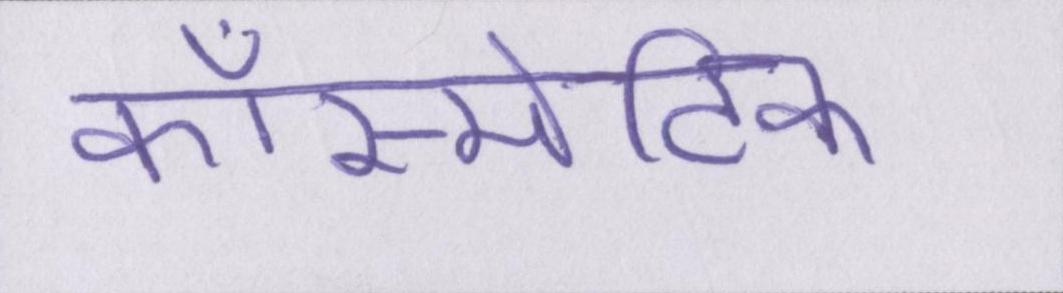
कॉस्मेटिक